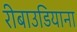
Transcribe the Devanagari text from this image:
रीबाउडियाना